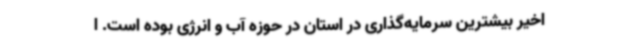
اخیر بیشترین سرمایه‌گذاری در استان در حوزه آب و انرژی بوده است. ا